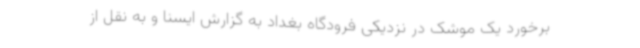
برخورد یک موشک در نزدیکی فرودگاه بغداد به گزارش ایسنا و به نقل از